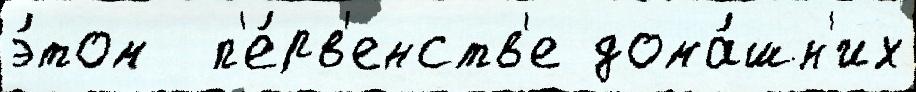
э́том  п'е́рв'енств'е дома́шн'их